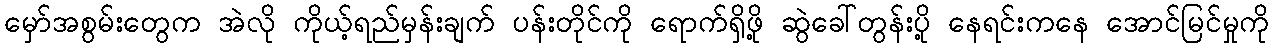
မှော်အစွမ်းတွေက အဲလို ကိုယ့်ရည်မှန်းချက် ပန်းတိုင်ကို ရောက်ရှိဖို့ ဆွဲခေါ်တွန်းပို့ နေရင်းကနေ အောင်မြင်မှုကို